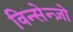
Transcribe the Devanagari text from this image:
विन्सेन्ज़ो